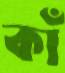
কাঁ